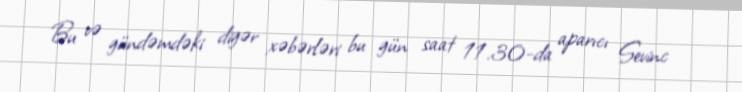
Bu və gündəmdəki digər xəbərləri bu gün saat 11.30-da aparıcı Sevinc